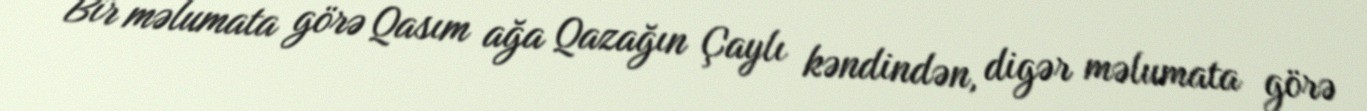
Bir məlumata görə Qasım ağa Qazağın Çaylı kəndindən, digər məlumata görə